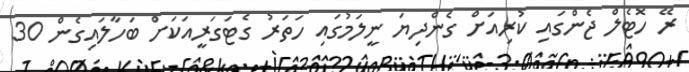
ރޭ ހޮޓެލް ޖެންގައި ކުރިއަށް ގެންދިޔަ ނީލަމުގައި ހަތަރު ގެޓަގަރީއަކަށް ބަހާލައިގެން 30